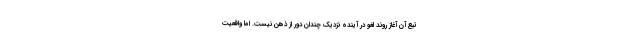
تبع آن آغاز روند لغو در آينده نزديك چندان دور از ذهن نيست. اما واقعيت